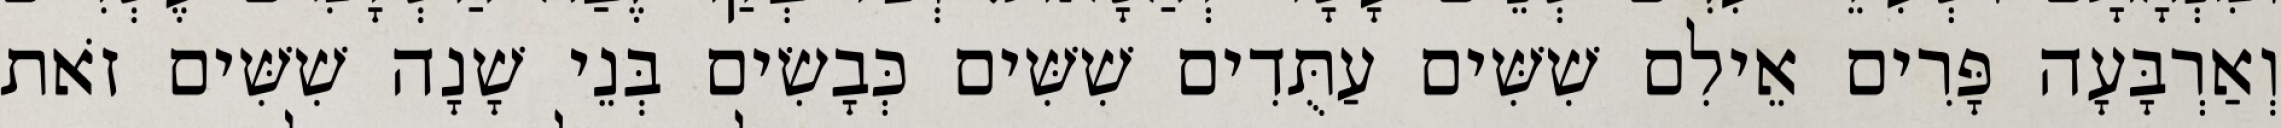
וְאַרְבָּעָה פָּרִים אֵילִם שִׁשִּׁים עַתֻּדִים שִׁשִּׁים כְּבָשִׂים בְּנֵי שָׁנָה שִׁשִּׁים זֹאת